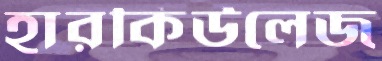
হারকিউলেজ